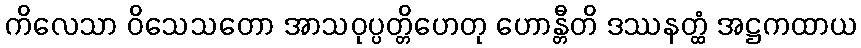
ကိလေသာ ဝိသေသတော အာသဝုပ္ပတ္တိဟေတု ဟောန္တီတိ ဒဿနတ္ထံ အဋ္ဌကထာယ